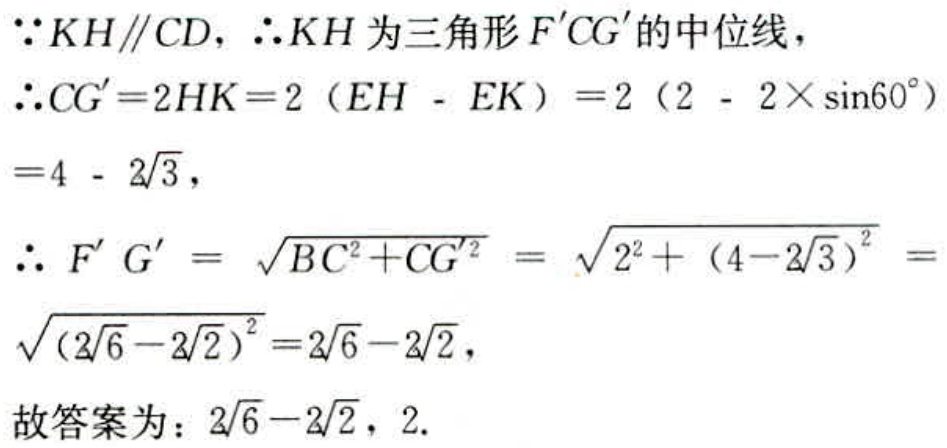
\(\because KH\parallel CD,\therefore KH为三角形F'CG'的中位线,\)
\(\therefore CG' = 2HK = 2(EH - EK)=2(2 - 2\times\sin60^{\circ})\)
\(=4 - 2\sqrt{3},\)
\(\therefore F'G'=\sqrt{BC^{2}+CG'^{2}}=\sqrt{2^{2}+(4 - 2\sqrt{3})^{2}}=\)
\(\sqrt{(2\sqrt{6}-2\sqrt{2})^{2}}=2\sqrt{6}-2\sqrt{2},\)
\(故答案为：2\sqrt{6}-2\sqrt{2}，2.\)